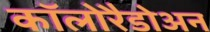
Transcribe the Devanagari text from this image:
कॉलोरैडोअन